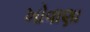
ખોવાણા